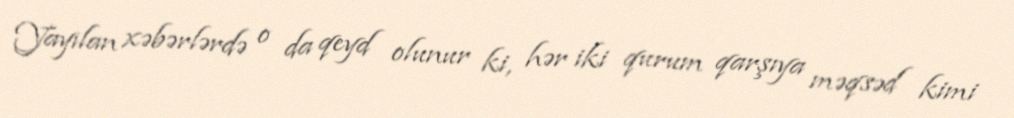
Yayılan xəbərlərdə o da qeyd olunur ki, hər iki qurum qarşıya məqsəd kimi